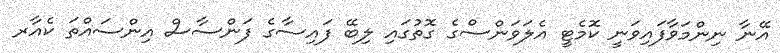
އޭނާ ނިންމަވާފައިވަނީ ކޮމެޓީ އެލަވަންސްގެ ގޮތުގައި ލިބޭ ފައިސާގެ ފަންސާސް އިންސައްތަ ކެއާރ